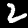
Label: 2